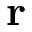
{ \bf r }